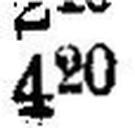
420